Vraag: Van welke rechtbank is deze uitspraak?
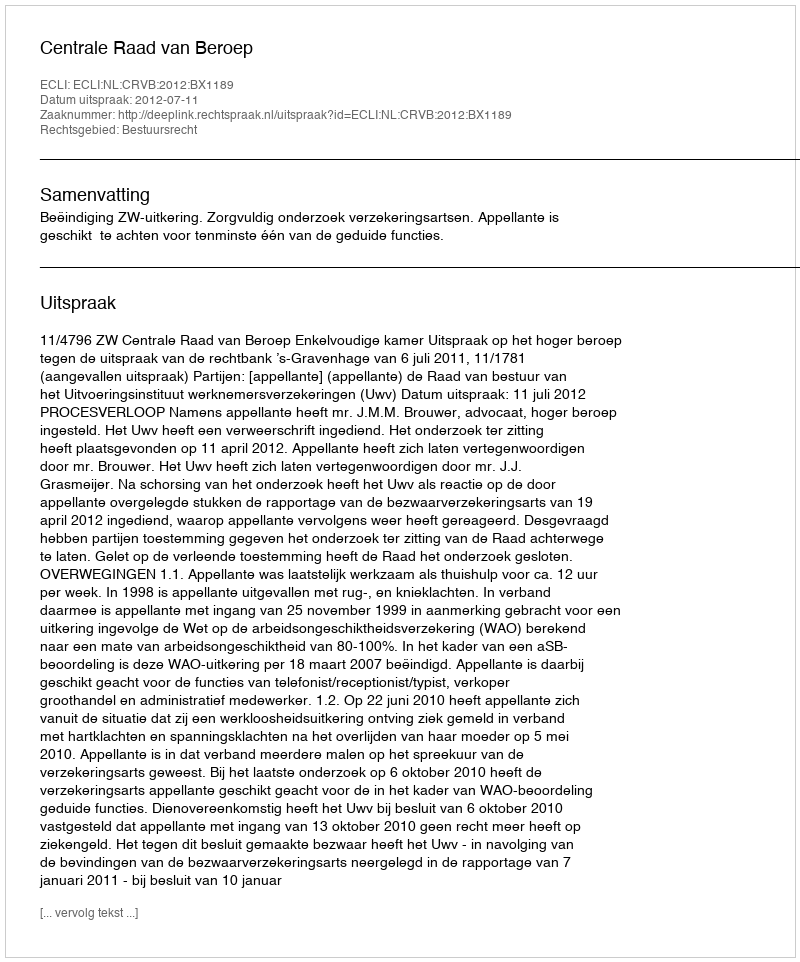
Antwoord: Centrale Raad van Beroep